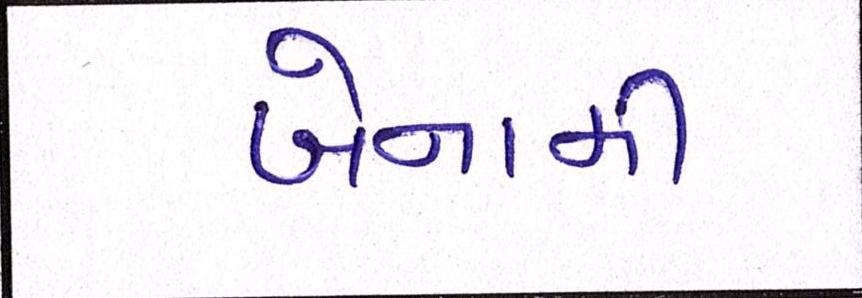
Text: બેનામી